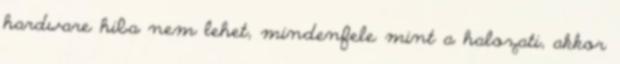
hardware hiba nem lehet, mindenfele mint a halozati, akkor